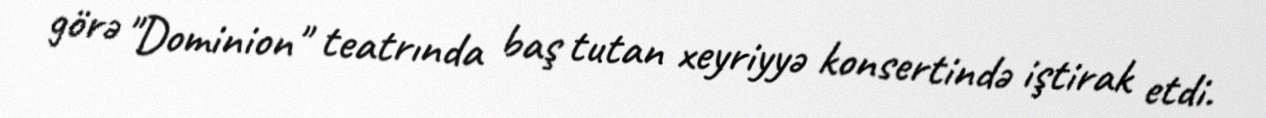
görə "Dominion" teatrında baş tutan xeyriyyə konsertində iştirak etdi.